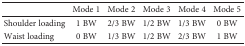
|  | Mode 1 | Mode 2 | Mode 3 | Mode 4 | Mode 5 |
 | --- | --- | --- | --- | --- | --- |
 | Shoulder loading | 1 BW | 2/3 BW | 1/2 BW | 1/3 BW | 0 BW |
 | Waist loading | 0 BW | 1/3 BW | 1/2 BW | 2/3 BW | 1 BW |